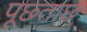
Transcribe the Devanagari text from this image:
पूछ्ताछ